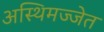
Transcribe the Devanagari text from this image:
अस्थिमज्जेत